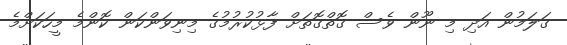
ގަލަމުން އަދި މި ނޫން ވެސް ގޮތްގޮތަށް ފާޅުކުރުމުގެ މިނިވަންކަން ކޮންމެ މީހަކަށްމެ